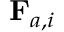
{ \bf F } _ { a , i }